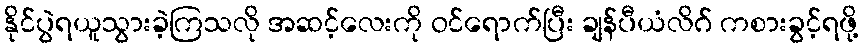
နိုင်ပွဲရယူသွားခဲ့ကြသလို အဆင့်လေးကို ဝင်ရောက်ပြီး ချန်ပီယံလိဂ် ကစားခွင့်ရဖို့